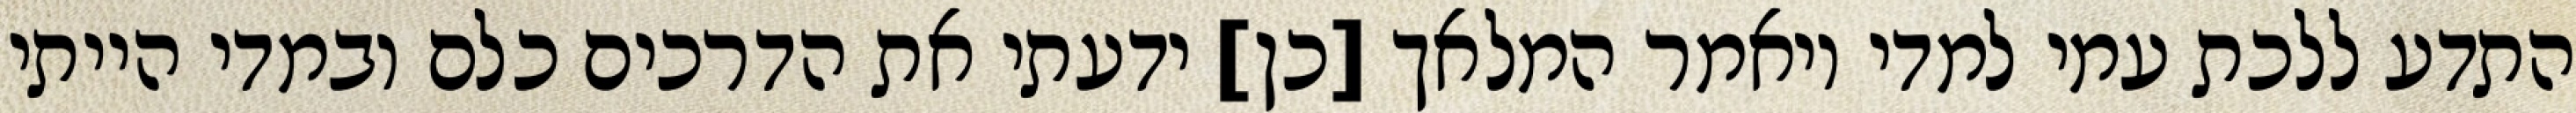
התדע ללכת עמי למדי ויאמר המלאך [כן] ידעתי את הדרכים כלם ובמדי הייתי